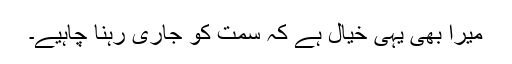
میرا بھی یہی خیال ہے کہ سمت کو جاری رہنا چاہیے۔